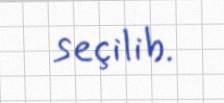
seçilib.